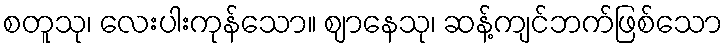
စတူသု၊ လေးပါးကုန်သော။ ဈာနေသု၊ ဆန့်ကျင်ဘက်ဖြစ်သော